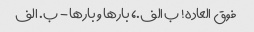
فوق العاده! ب الف.، بارها و بارها - ب. الف